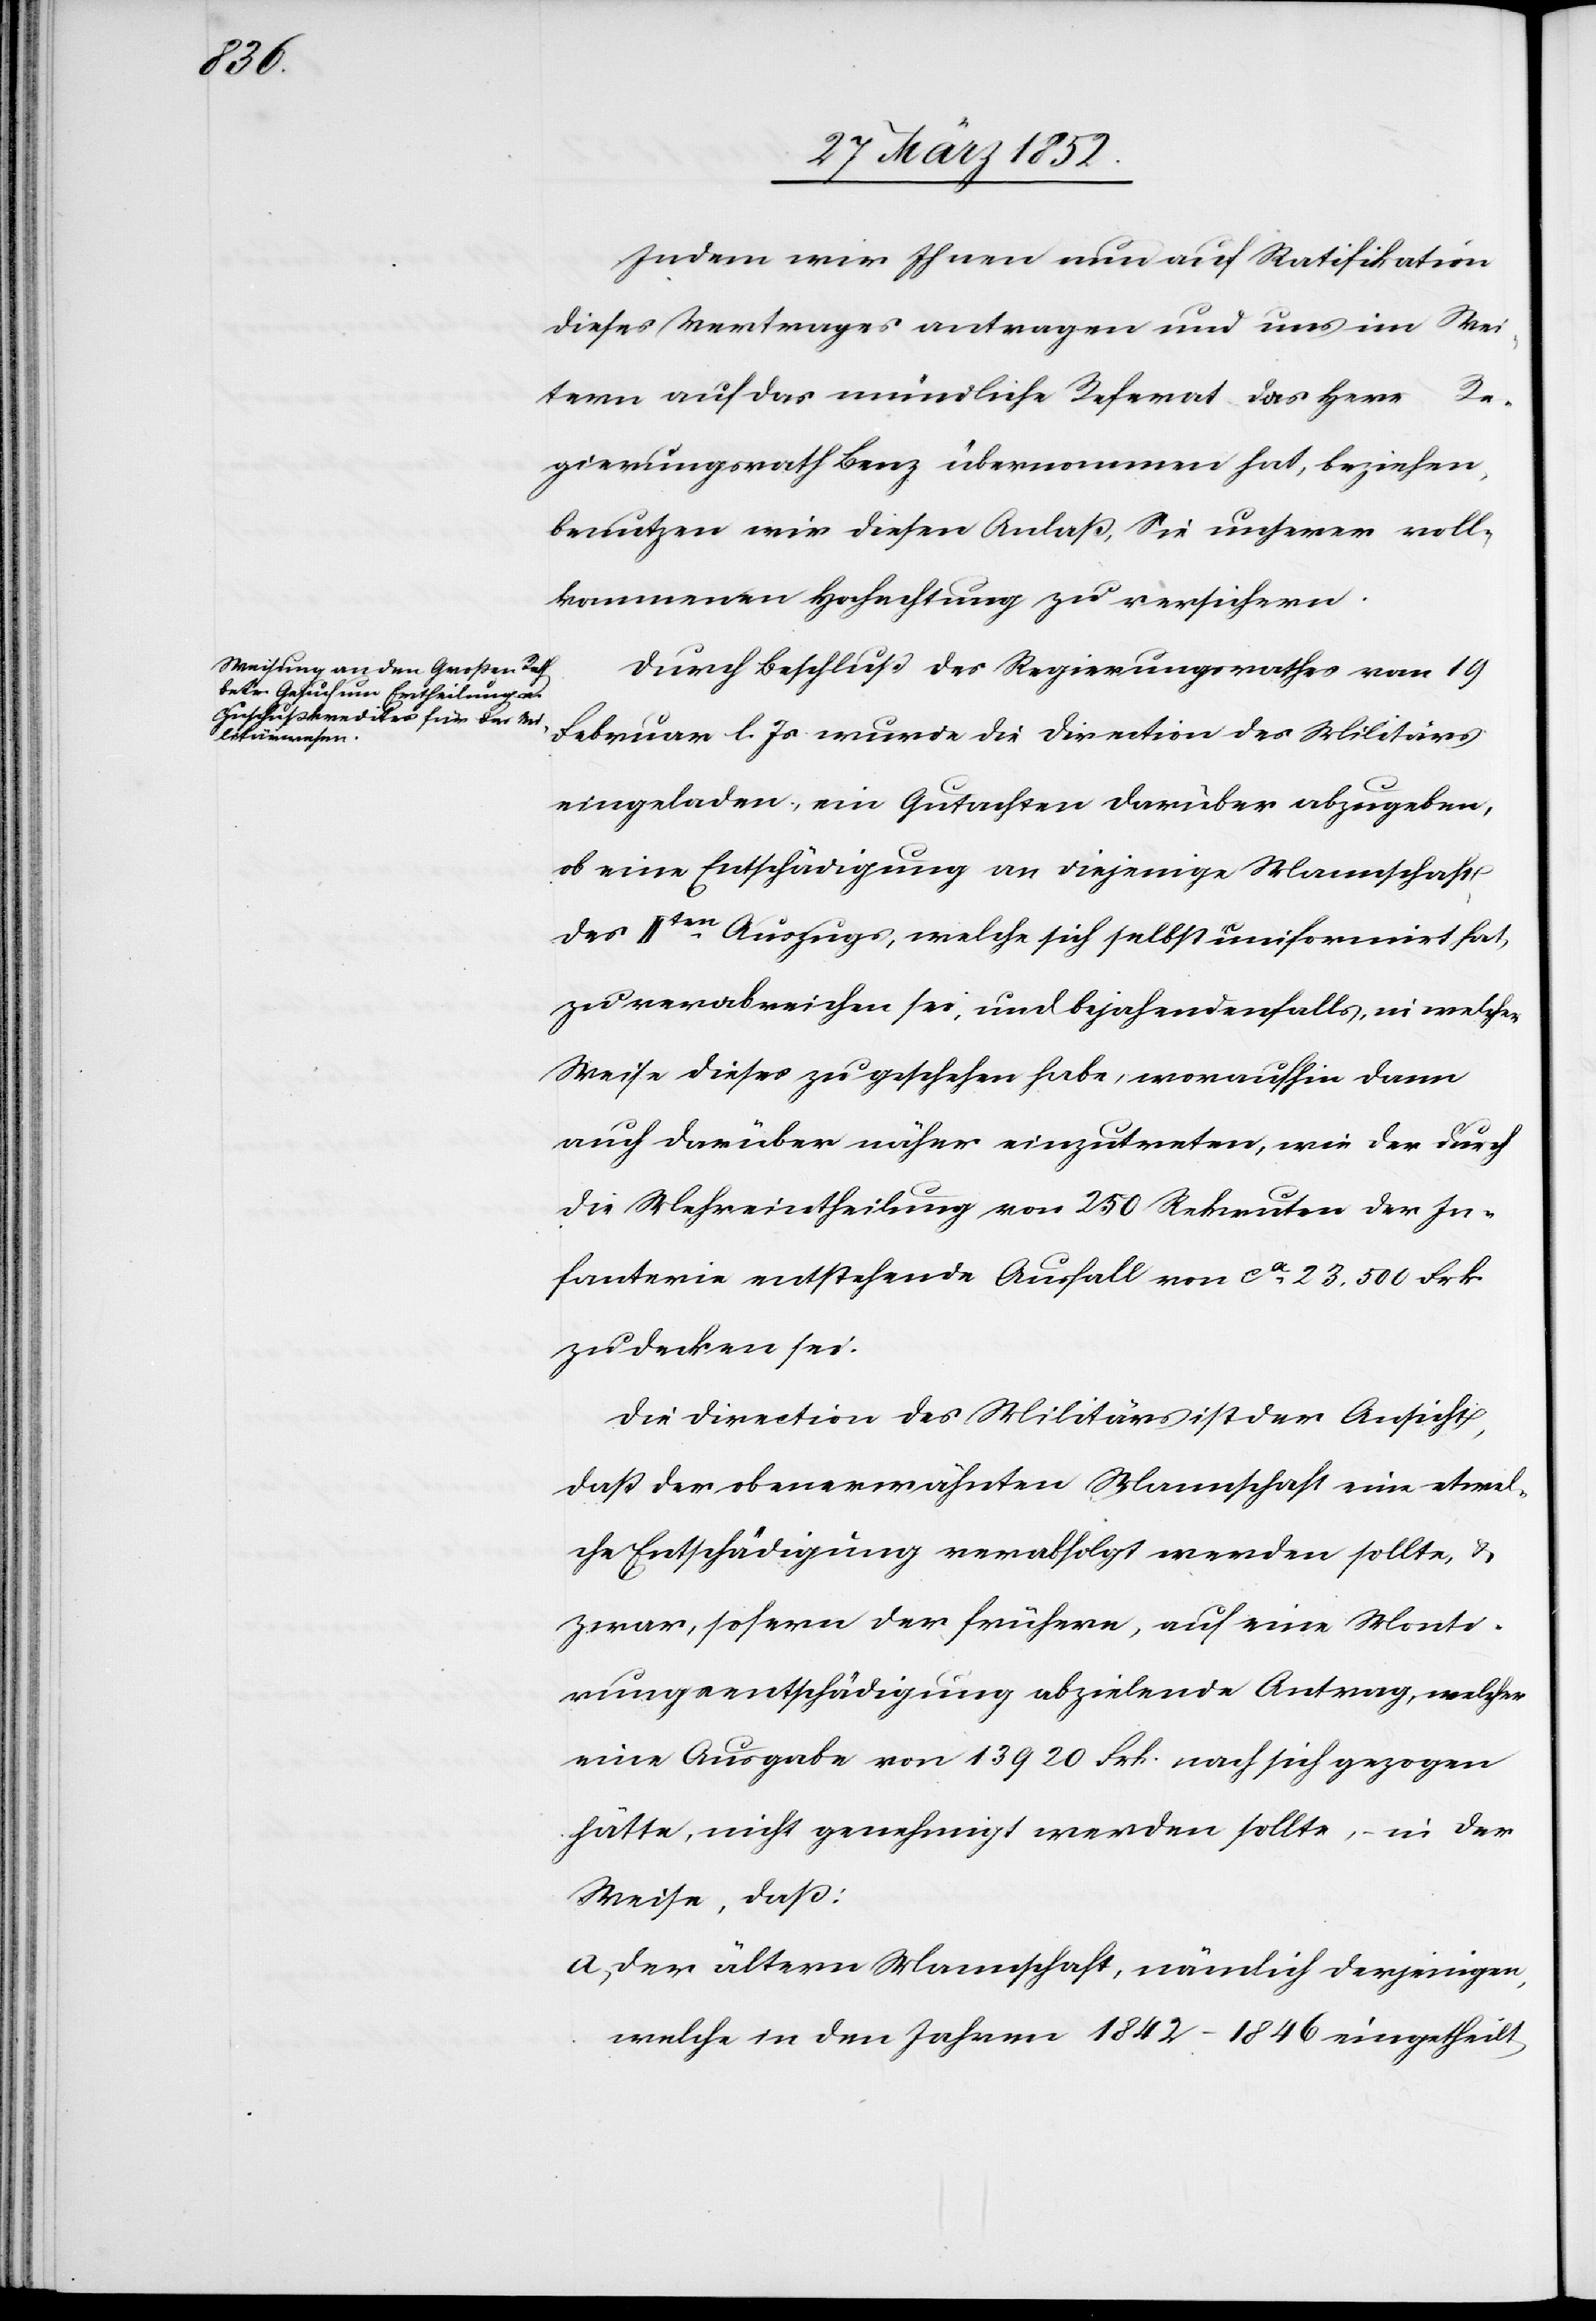
Indem wir Ihnen nun auf Ratifikation
dieses Vertrages antragen und uns im Wei¬
tern auf das mündliche Referat das Herr Re¬
gierungsrath Benz übernommen hat, beziehen,
benutzen wir diesen Anlaß, Sie unserer voll¬
kommenen Hochachtung zu versichern.
Durch Beschluß des Regierungsrathes vom 19
Februar l. Js wurde die Direction des Militärs
eingeladen, ein Gutachten darüber abzugeben,
ob eine Entschädigung an diejenige Mannschaft
des IIten Auszugs, welche sich selbst uniformiert hat,
zu verabreichen sei, und bejahendenfalls, in welcher
Weise dieses zu geschehen habe, woraufhin dann
auch darüber näher einzutreten, wie der durch
die Mehreintheilung von 150 Rekruten der In¬
fanterie entstehende Ausfall von ca 23,500 Frk.
zu decken sei.
Die Direction des Militärs ist der Ansicht,
daß der obenerwähnten Mannschaft eine etwel¬
che Entschädigung verabfolgt werden sollte, u.
zwar, soferne der frühere, auf eine Monti¬
rungsentschädigung abzielende Antrag, welcher
eine Ausgabe von 13 920 Frk. nach sich gezogen
hätte, nicht genehmigt werden sollte, in der
Weise, daß:
a) Der ältern Mannschaft, nämlich derjenigen,
welche in den Jahren 1842–1846 eingetheilt